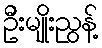
ဦးမျိုးညွန့်